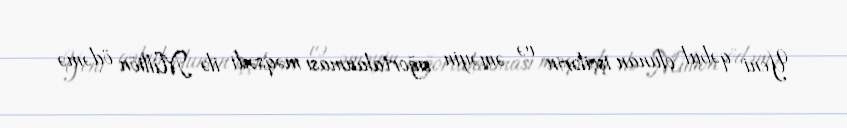
Yeni qəbul olunan işçilərin və əməyin sığortalanması məqsədi ilə Milliön ödəmə